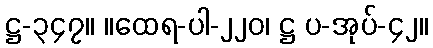
ဋ္ဌ-၃၄၇။ ။ထေရ-ပါ-၂၂၀၊ ဋ္ဌ ပ-အုပ်-၄၂။